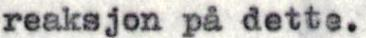
reaksjon på dette.